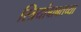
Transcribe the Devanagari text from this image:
स्त्रियांबाबतच्या